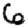
Digit: 6